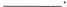
___.